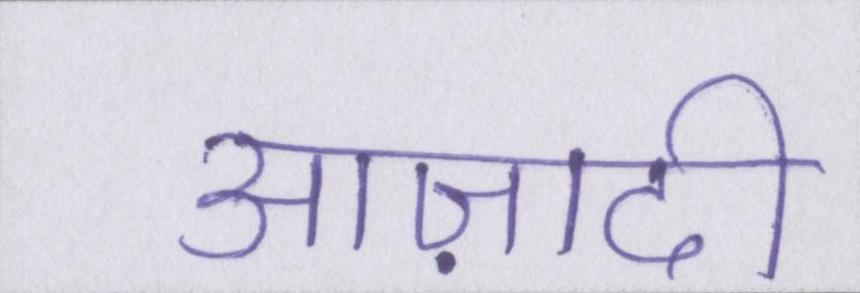
आज़ादी